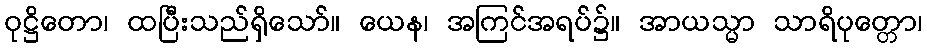
ဝုဋ္ဌိတော၊ ထပြီးသည်ရှိသော်။ ယေန၊ အကြင်အရပ်၌။ အာယသ္မာ သာရိပုတ္တော၊